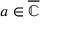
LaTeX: a \in { \overline { { \mathbb { C } } } }